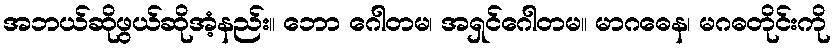
အဘယ်ဆိုဖွယ်ဆိုအံ့နည်း။ ဘော ဂေါတမ၊ အရှင်ဂေါတမ။ မာဂဓေန၊ မဂဓတိုင်းကို